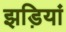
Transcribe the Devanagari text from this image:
झड़ियां